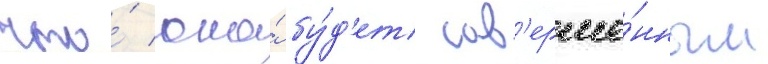
что́ она́ бу́д'ет сов'ерше́нным